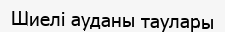
Шиелі ауданы таулары